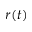
r ( t )